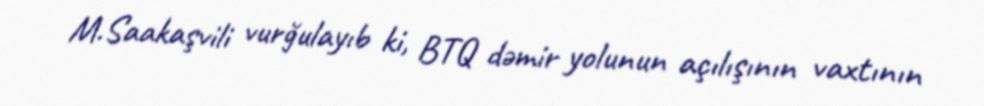
M.Saakaşvili vurğulayıb ki, BTQ dəmir yolunun açılışının vaxtının